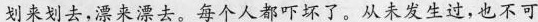
划来划去,漂来漂去。每个人都吓坏了。从未发生过,也不可